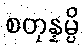
စတုန္နမ္ပိ